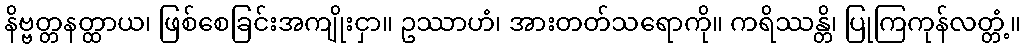
နိဗ္ဗတ္တနတ္ထာယ၊ ဖြစ်စေခြင်းအကျိုးငှာ။ ဥဿာဟံ၊ အားတတ်သရောကို။ ကရိဿန္တိ၊ ပြုကြကုန်လတ္တံ့။